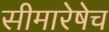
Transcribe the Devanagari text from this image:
सीमारेषेच